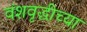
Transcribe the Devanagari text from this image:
वंशवृद्धीच्या